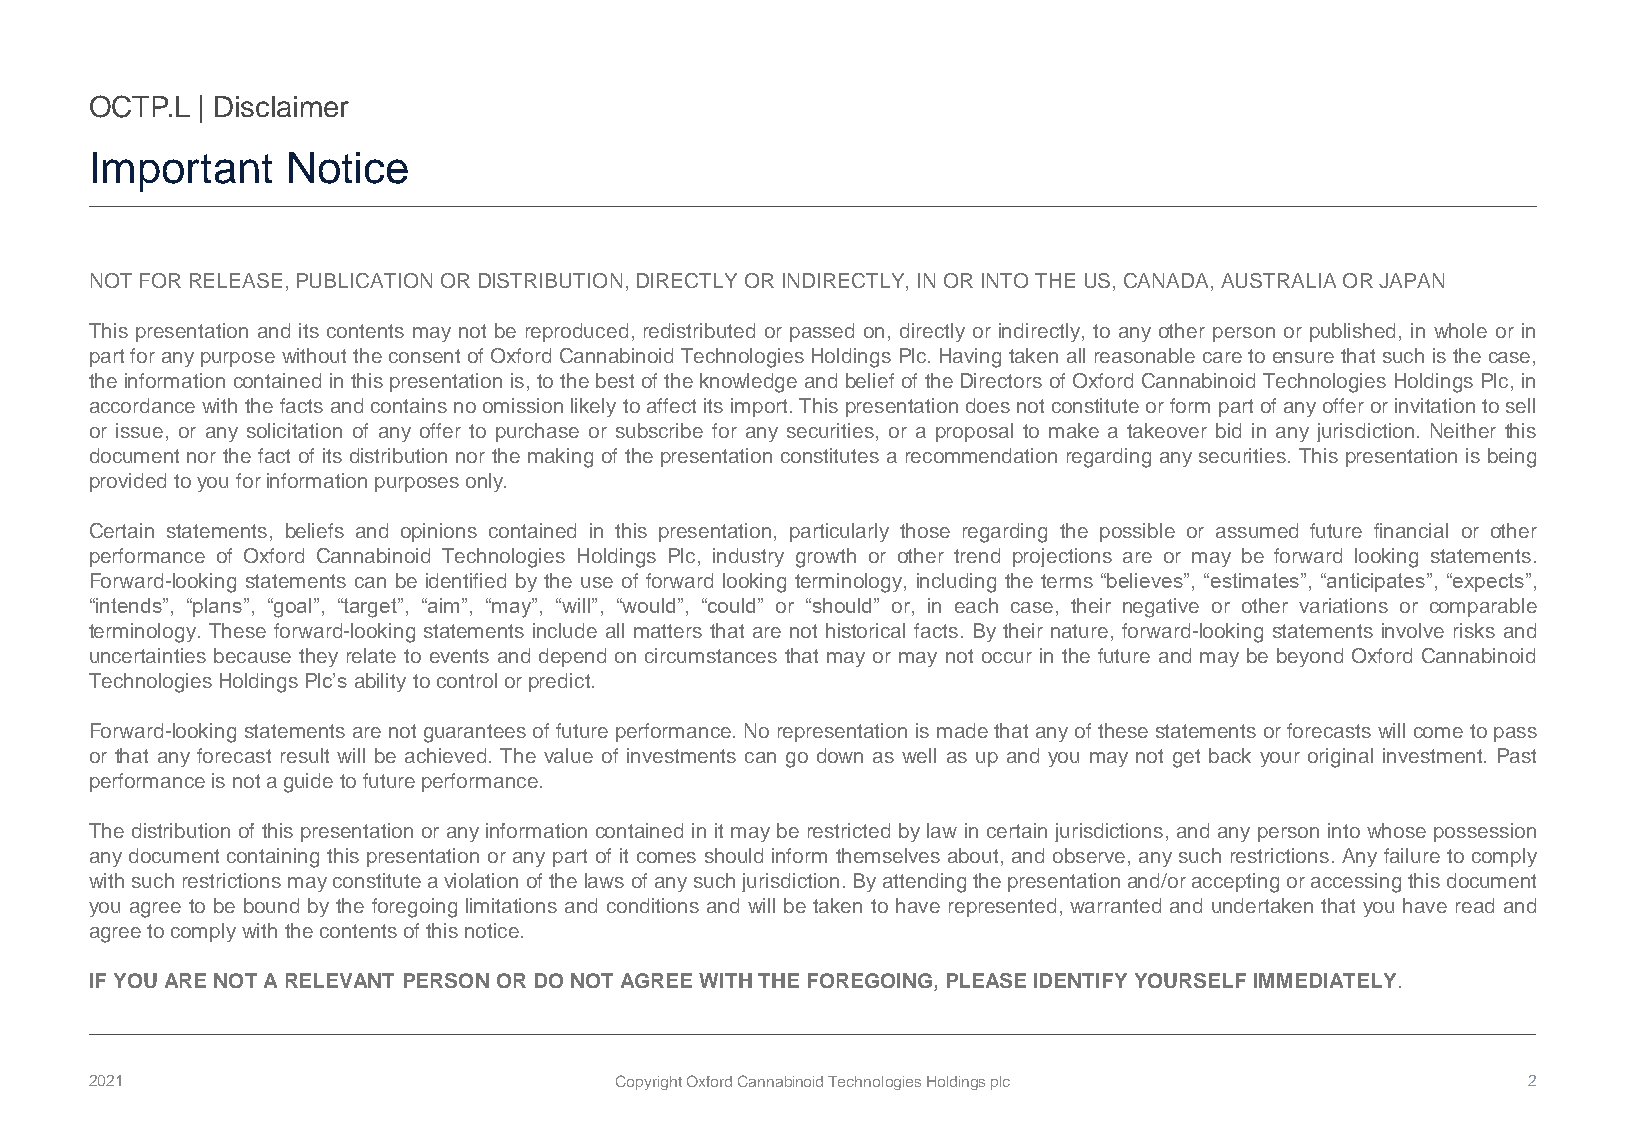
OCTP.L | Disclaimer
 Important    Notice
 NOTFORRELEASE,PUBLICATIONORDISTRIBUTION,DIRECTLYORINDIRECTLY,INORINTOTHEUS,CANADA,AUSTRALIAORJAPAN
 This presentation and its contents may not be reproduced, redistributed or passed on, directly or indirectly, to any other person or published, in whole or in
 partfor anypurposewithouttheconsentofOxford CannabinoidTechnologies Holdings Plc.Havingtakenallreasonable caretoensurethatsuch is thecase,
 theinformation containedinthis presentationis, tothebest of theknowledgeandbelief of theDirectors ofOxford Cannabinoid Technologies Holdings Plc, in
 accordancewiththefactsandcontainsnoomissionlikelytoaffectitsimport.Thispresentationdoesnotconstituteorform partofanyofferorinvitationtosell
 or issue, or any solicitation of any offer to purchase or subscribe for any securities, or a proposal to make a takeover bid in any jurisdiction. Neither this
 document nor thefact of its distribution nor the makingof the presentation constitutes a recommendation regarding anysecurities. This presentation is being
 providedtoyou forinformationpurposesonly.
 Certain statements, beliefs and opinions contained in this presentation, particularly those regarding the possible or assumed future financial or other
 performance of Oxford Cannabinoid Technologies Holdings Plc, industry growth or other trend projections are or may be forward looking statements.
 Forward-looking statements can be identified by the use of forward looking terminology, including the terms “believes”, “estimates”, “anticipates”, “expects”,
 “intends”, “plans”, “goal”, “target”, “aim”, “may”, “will”, “would”, “could” or “should” or, in each case, their negative or other variations or comparable
 terminology. These forward-looking statements include all matters that are not historical facts. By their nature, forward-looking statements involve risks and
 uncertainties because they relate to events and depend on circumstances that may or may not occur in the future and may be beyond Oxford Cannabinoid
 TechnologiesHoldingsPlc’sability tocontrolorpredict.
 Forward-looking statements are notguarantees offuture performance.Norepresentation is madethatanyof thesestatements orforecasts willcometopass
 or that any forecast result will be achieved. The value of investments can go down as well as up and you may not get back your original investment. Past
 performanceisnotaguidetofutureperformance.
 The distribution of this presentation or anyinformation contained in it maybe restricted bylaw in certain jurisdictions, and anyperson into whose possession
 anydocument containing this presentation or anypart of it comes should inform themselves about, and observe, anysuch restrictions. Anyfailure to comply
 withsuchrestrictionsmayconstituteaviolationofthelawsofanysuchjurisdiction.Byattendingthepresentationand/oracceptingoraccessingthisdocument
 you agree to be bound by the foregoing limitations and conditions and will be taken to have represented, warranted and undertaken that you have read and
 agreetocomplywiththecontentsofthisnotice.
 IFYOUARE NOTARELEVANT PERSONORDONOTAGREE WITHTHEFOREGOING,PLEASE IDENTIFYYOURSELFIMMEDIATELY.
 2021                               Copyright Oxford Cannabinoid Technologies Holdings plc      2